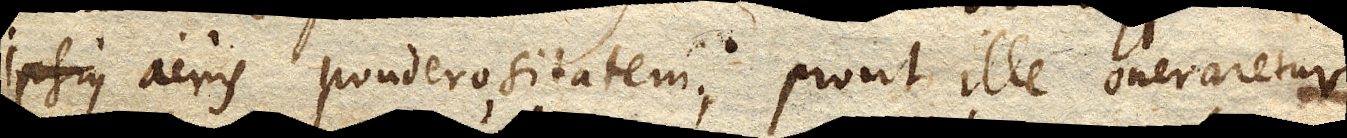
ipsius aeris ponderositatem, prout ille oneraretur